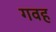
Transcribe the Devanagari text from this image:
गवह